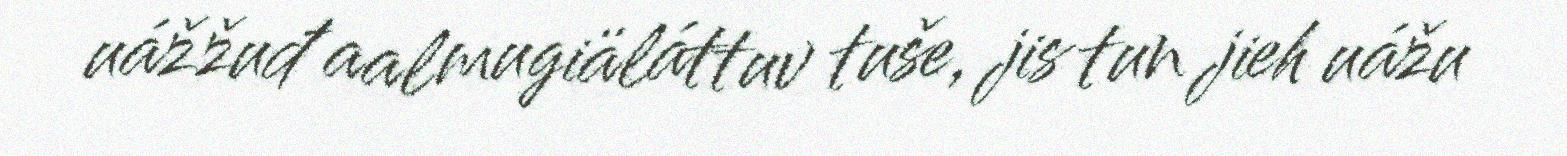
uážžuđ aalmugiäláttuv tuše, jis tun jieh uážu